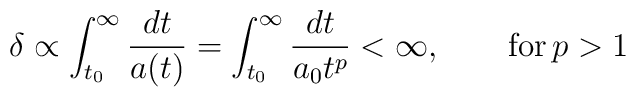
\delta \propto \int _{t_0}^\infty \frac{dt}{a(t)} =  \int _{t_0}^\infty \frac{dt}{a_0t^p} < \infty, \qquad {\rm for}\, p>1